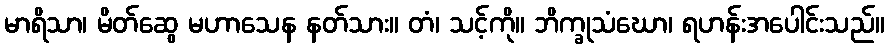
မာရိသာ၊ မိတ်ဆွေ မဟာသေန နတ်သား။ တံ၊ သင့်ကို။ ဘိက္ခုသံဃော၊ ရဟန်းအပေါင်းသည်။